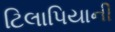
ટિલાપિયાની